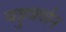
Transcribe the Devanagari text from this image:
बहुवर्णन